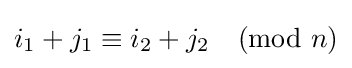
i_{1}+j_{1}\equiv i_{2}+j_{2}\textstyle {\pmod {n}}